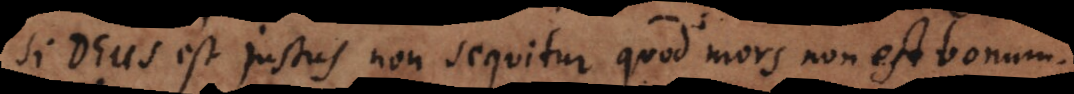
Si Deus est justus non sequitur quod mors non est bonum